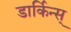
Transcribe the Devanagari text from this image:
डार्किन्स्